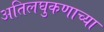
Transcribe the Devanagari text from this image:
अतिलघुकणाच्या